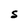
Character: S